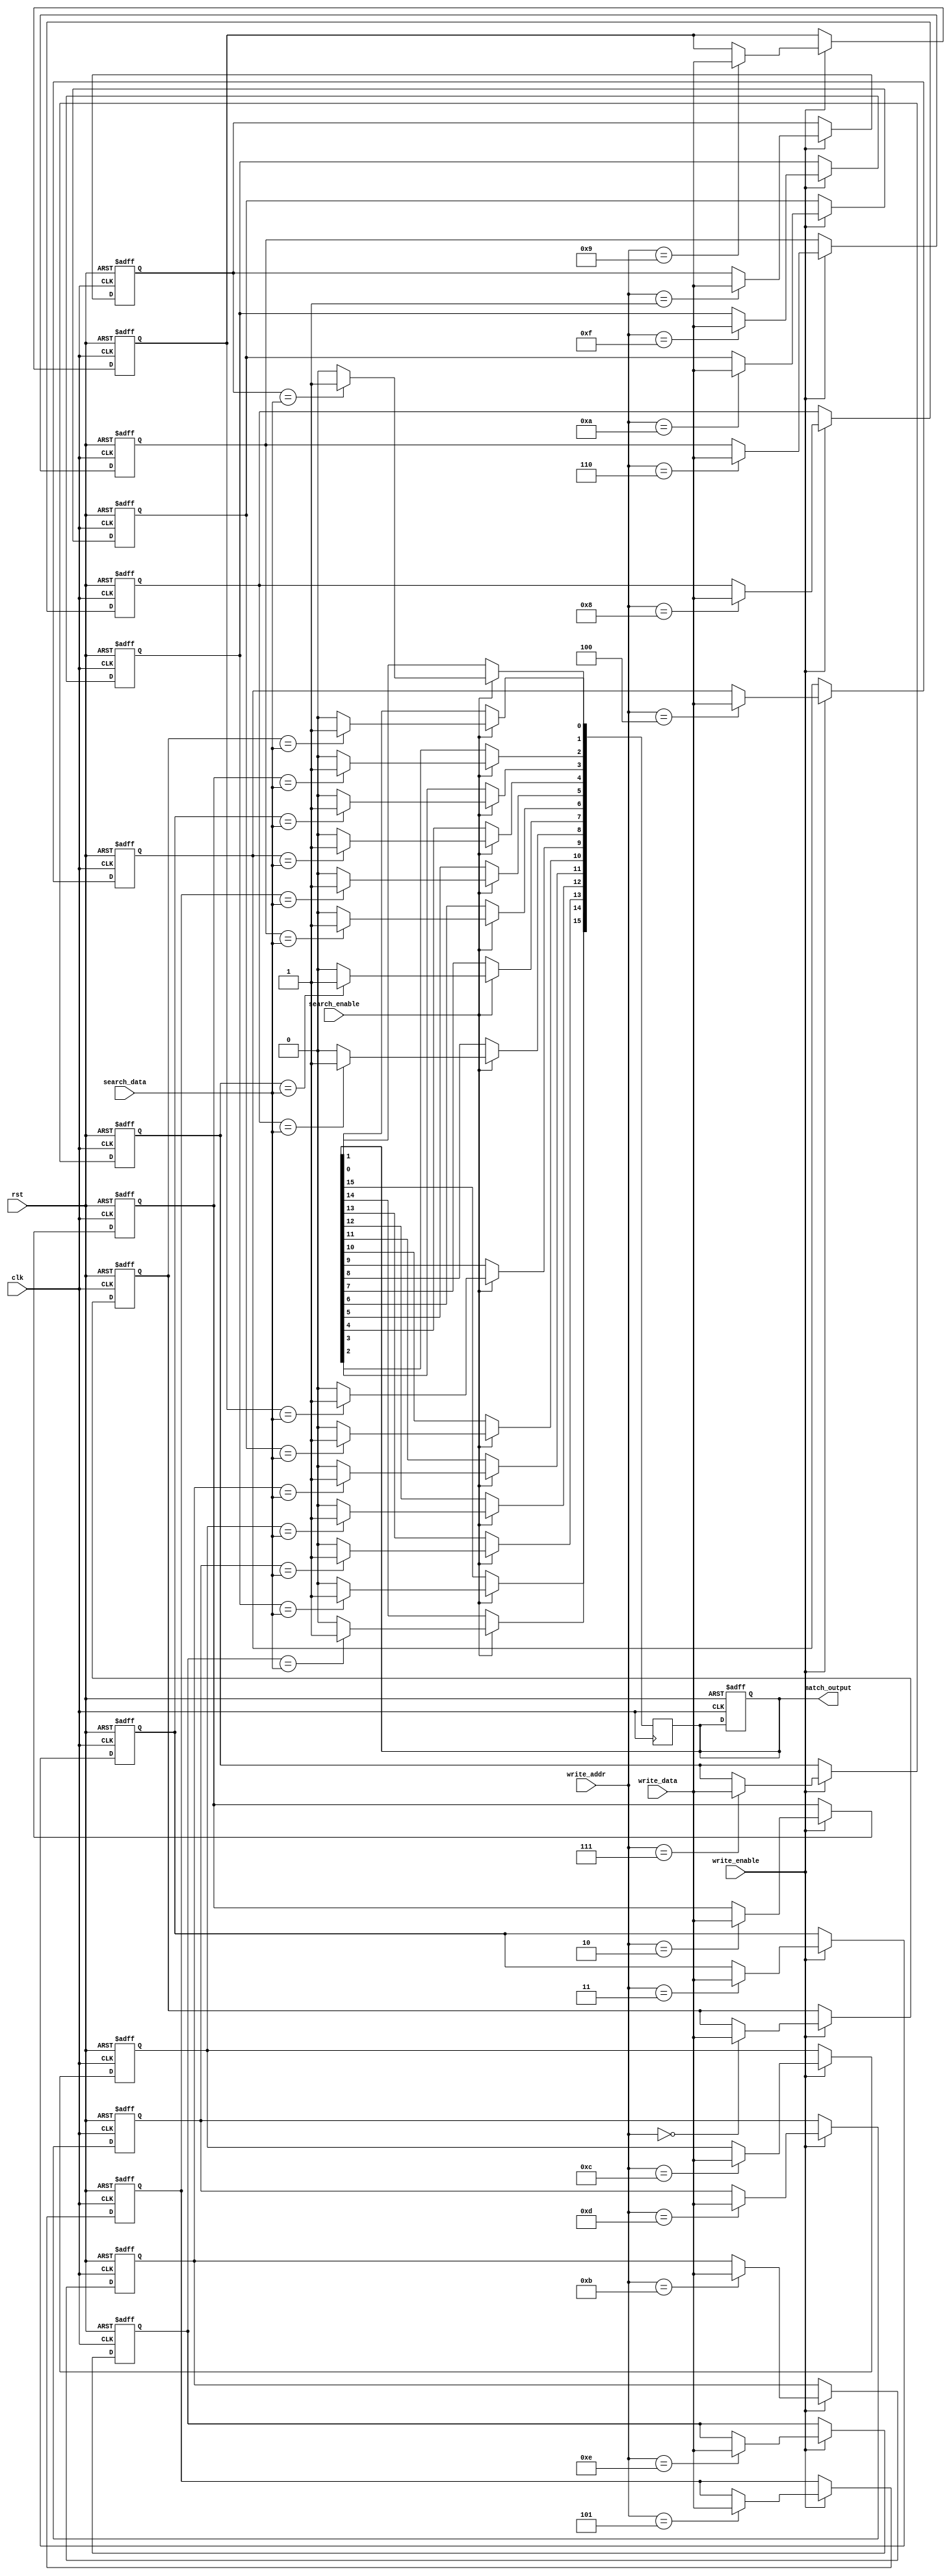
module MultiMatchCAM #(
    parameter WORD_SIZE = 8,  // Size of each word (in bits)
    parameter DEPTH = 16       // Number of entries in the CAM
) (
    input wire clk,
    input wire rst,
    input wire [WORD_SIZE-1:0] search_data, // Search input data
    input wire [WORD_SIZE-1:0] write_data,   // Data to write
    input wire [3:0] write_addr,              // Address to write
    input wire write_enable,                   // Write enable signal
    input wire search_enable,                  // Search enable signal
    output reg [DEPTH-1:0] match_output       // Match output: Bitmask of matching addresses
);

// Memory array to store the CAM entries
reg [WORD_SIZE-1:0] memory [0:DEPTH-1];

// Reset or initialize memory on rst signal
integer i;
always @(posedge clk or posedge rst) begin
    if (rst) begin
        // Initialize all entries to zero on reset
        for (i = 0; i < DEPTH; i = i + 1) begin
            memory[i] <= {WORD_SIZE{1'b0}};
        end
        match_output <= {DEPTH{1'b0}}; // Reset match output
    end else begin
        // Write operation
        if (write_enable) begin
            memory[write_addr] <= write_data;
        end
    end
end

// Search operation
always @(posedge clk) begin
    if (search_enable) begin
        match_output <= {DEPTH{1'b0}}; // Clear previous match output
        for (i = 0; i < DEPTH; i = i + 1) begin
            if (memory[i] == search_data) begin
                match_output[i] <= 1'b1; // Set match bit for matching entry
            end
        end
    end
end

endmodule